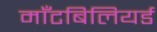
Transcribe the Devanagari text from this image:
माँटबिलियर्ड